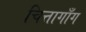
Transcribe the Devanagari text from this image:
चित्तागाँग